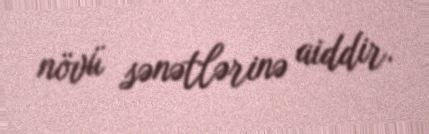
növü sənətlərinə aiddir.